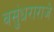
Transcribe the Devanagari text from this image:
वसुंधराराजे